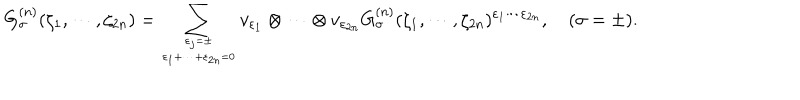
G _ { \sigma } ^ { ( n ) } ( \zeta _ { 1 } , \cdots , \zeta _ { 2 n } ) = \sum _ { \varepsilon _ { j } = \pm \atop \varepsilon _ { 1 } + \cdots + \varepsilon _ { 2 n } = 0 } v _ { \varepsilon _ { 1 } } \otimes \cdots \otimes v _ { \varepsilon _ { 2 n } } G _ { \sigma } ^ { ( n ) } ( \zeta _ { 1 } , \cdots , \zeta _ { 2 n } ) ^ { \varepsilon _ { 1 } \cdots \varepsilon _ { 2 n } } , ~ ( \sigma = \pm ) .